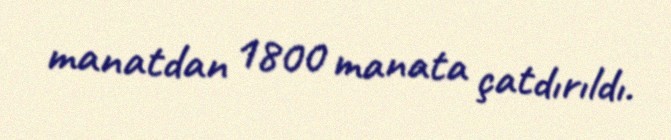
manatdan 1800 manata çatdırıldı.